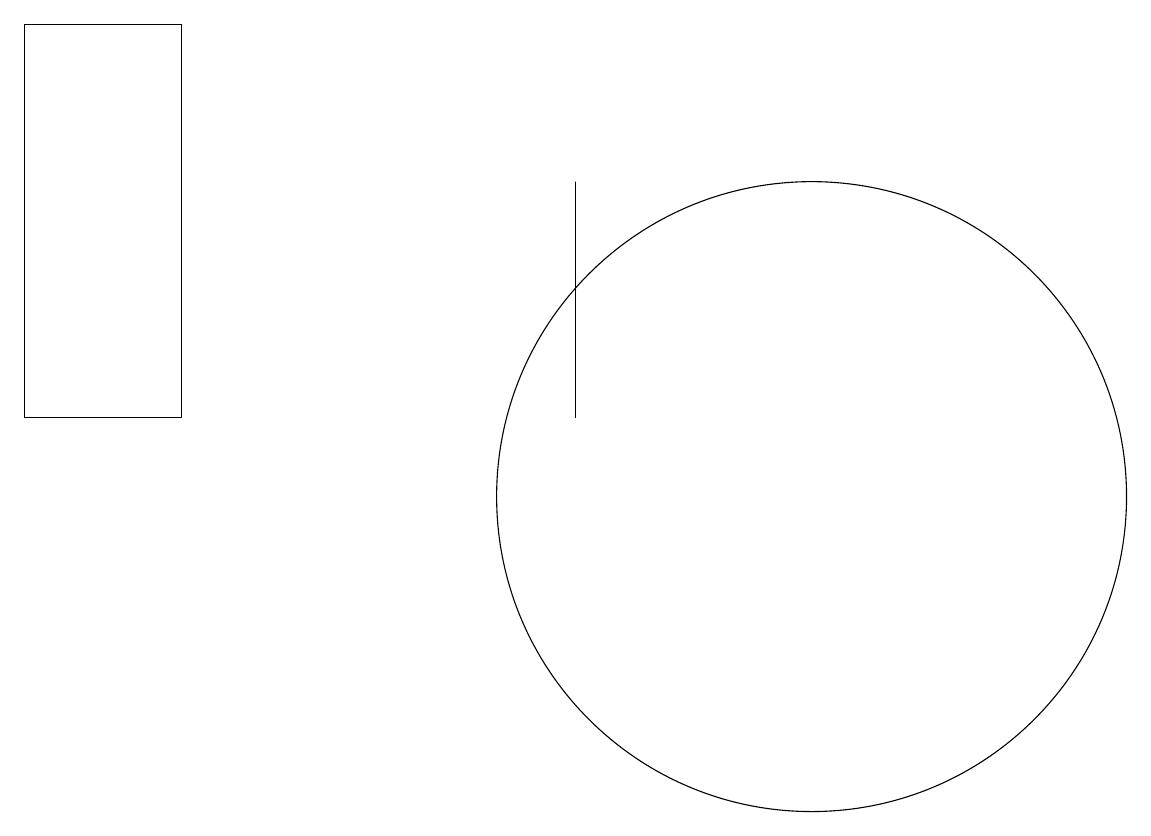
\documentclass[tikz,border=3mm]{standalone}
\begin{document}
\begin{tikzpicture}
\draw (10,11) circle (4);
\draw (7,12) rectangle (7,15);
\draw (2,17) rectangle (0,12);
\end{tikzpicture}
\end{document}